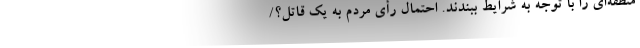
منطقه‌ای را با توجه به شرایط ببندند. احتمال رأی مردم به یک قاتل؟/